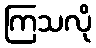
ကြသလို